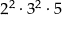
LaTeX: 2 ^ { 2 } \cdot 3 ^ { 2 } \cdot 5